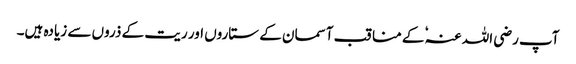
آپ رضی اللہ عنہٗ کے مناقب آسمان کے ستاروں اور ریت کے ذروں سے زیادہ ہیں۔